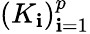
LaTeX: (K_{\mathbf{i}})_{\mathbf{i}=1}^{p}